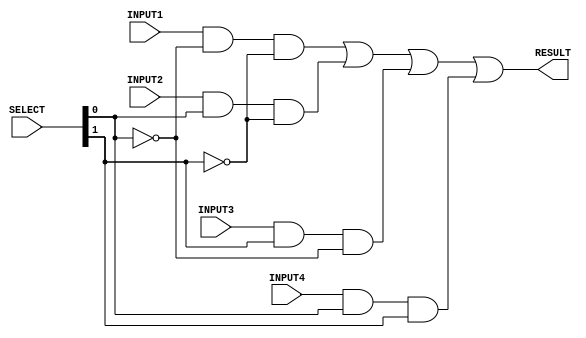
module mux_4to1_1bits(RESULT, INPUT1, INPUT2, INPUT3, INPUT4, SELECT);

	input INPUT1, INPUT2, INPUT3, INPUT4;			// 1 bits inputs
	input [1:0] SELECT;					// 2-bits selection
	output RESULT;						// 1 bit output
	
	// temporary wires 
	wire NOT_SELECT1,NOT_SELECT2;
	wire temInput1,temInput2,temInput3,temInput4;


	not n1(NOT_SELECT1,SELECT[0]);
	not n2(NOT_SELECT2,SELECT[1]);
	
	and a1(temInput1,INPUT1,NOT_SELECT1,NOT_SELECT2);	
	and a2(temInput2,INPUT2,SELECT[0],NOT_SELECT2);		
	and a3(temInput3,INPUT3,SELECT[1],NOT_SELECT1);		
	and a4(temInput4,INPUT4,SELECT[0],SELECT[1]);		
	
	or o1(RESULT,temInput1,temInput2,temInput3,temInput4);
	
endmodule